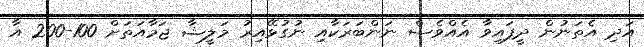
އަދި އެތަނުން ދީފައިވާ އެއްވެސް ނަންބަރަކާއި ނުގުޅޭއިރު މަލީޝާ ޖަމާއަތަށް 100-200 އާ